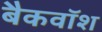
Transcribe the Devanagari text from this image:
बैकवॉश